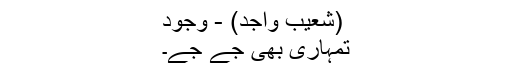
(شعیب واجد) - وجود
تمہاری بھی جے جے۔